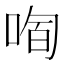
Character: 𱓉